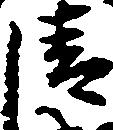
清